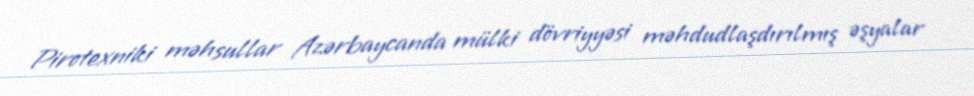
Pirotexniki məhsullar Azərbaycanda mülki dövriyyəsi məhdudlaşdırılmış əşyalar